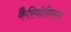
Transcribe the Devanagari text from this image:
कैरियोफिलस